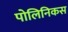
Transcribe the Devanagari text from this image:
पोलिनिकस